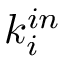
k _ { i } ^ { i n }